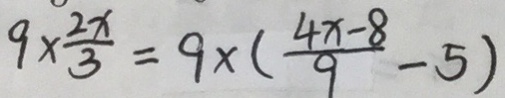
9 \times \frac { 2 x } { 3 } = 9 \times ( \frac { 4 x - 8 } { 9 } - 5 )